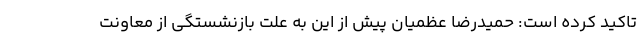
تاکید کرده است: حمیدرضا عظمیان پیش از این به علت بازنشستگی از معاونت